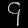
Digit: ၄